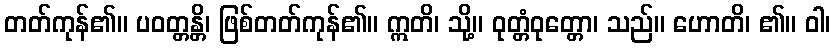
တတ်ကုန်၏။ ပဝတ္တန္တိ၊ ဖြစ်တတ်ကုန်၏။ ဣတိ၊ သို့။ ဝုတ္တံဝုတ္တော၊ သည်။ ဟောတိ၊ ၏။ ဝါ၊